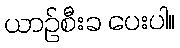
ယာဉ်စီးခ ပေးပါ။